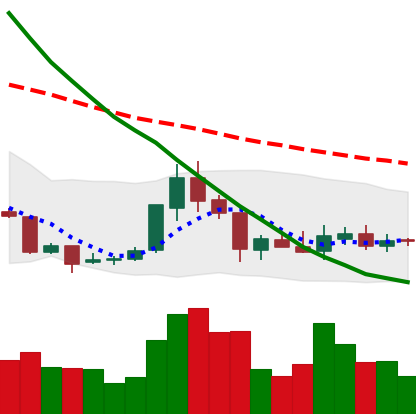
Ticker: XRP-USD
Chart end date: 2018-07-28
Forward return: -5.161%
Label: down_5_7